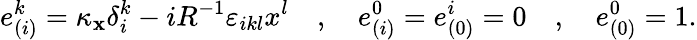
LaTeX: e_{(i)}^{k}=\kappa_{{\mathbf x}}\delta_{i}^{k}-iR^{-1}\varepsilon_{ikl}x^{l}\quad,\quad e_{(i)}^{0}=e_{(0)}^{i}=0\quad,\quad e_{(0)}^{0}=1.